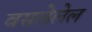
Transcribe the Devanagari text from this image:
वसलेलेल